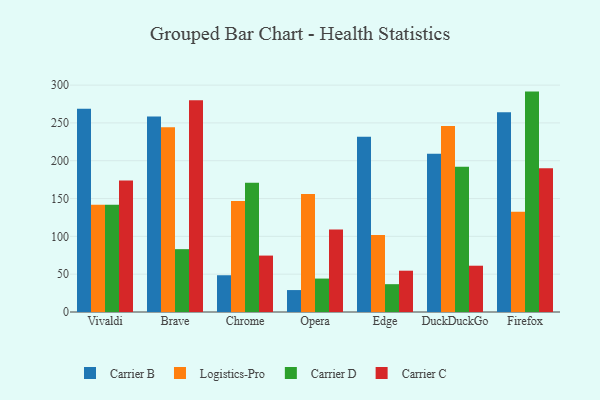
{"axis": {"x": "Browser", "y": "Latency (ms)"}, "legend": ["Carrier B", "Carrier C", "Carrier D", "Logistics-Pro"], "data": [{"x": "Vivaldi", "y": 268.6, "type": "Carrier B"}, {"x": "Vivaldi", "y": 141.9, "type": "Logistics-Pro"}, {"x": "Vivaldi", "y": 141.8, "type": "Carrier D"}, {"x": "Vivaldi", "y": 173.7, "type": "Carrier C"}, {"x": "Brave", "y": 258.5, "type": "Carrier B"}, {"x": "Brave", "y": 244.4, "type": "Logistics-Pro"}, {"x": "Brave", "y": 83.1, "type": "Carrier D"}, {"x": "Brave", "y": 279.8, "type": "Carrier C"}, {"x": "Chrome", "y": 48.6, "type": "Carrier B"}, {"x": "Chrome", "y": 146.8, "type": "Logistics-Pro"}, {"x": "Chrome", "y": 170.8, "type": "Carrier D"}, {"x": "Chrome", "y": 74.6, "type": "Carrier C"}, {"x": "Opera", "y": 29.0, "type": "Carrier B"}, {"x": "Opera", "y": 155.9, "type": "Logistics-Pro"}, {"x": "Opera", "y": 44.2, "type": "Carrier D"}, {"x": "Opera", "y": 109.0, "type": "Carrier C"}, {"x": "Edge", "y": 231.6, "type": "Carrier B"}, {"x": "Edge", "y": 101.8, "type": "Logistics-Pro"}, {"x": "Edge", "y": 36.8, "type": "Carrier D"}, {"x": "Edge", "y": 54.6, "type": "Carrier C"}, {"x": "DuckDuckGo", "y": 209.2, "type": "Carrier B"}, {"x": "DuckDuckGo", "y": 245.9, "type": "Logistics-Pro"}, {"x": "DuckDuckGo", "y": 192.2, "type": "Carrier D"}, {"x": "DuckDuckGo", "y": 61.2, "type": "Carrier C"}, {"x": "Firefox", "y": 264.2, "type": "Carrier B"}, {"x": "Firefox", "y": 132.7, "type": "Logistics-Pro"}, {"x": "Firefox", "y": 291.4, "type": "Carrier D"}, {"x": "Firefox", "y": 190.1, "type": "Carrier C"}]}